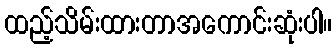
ထည့်သိမ်းထားတာအကောင်းဆုံးပါ။